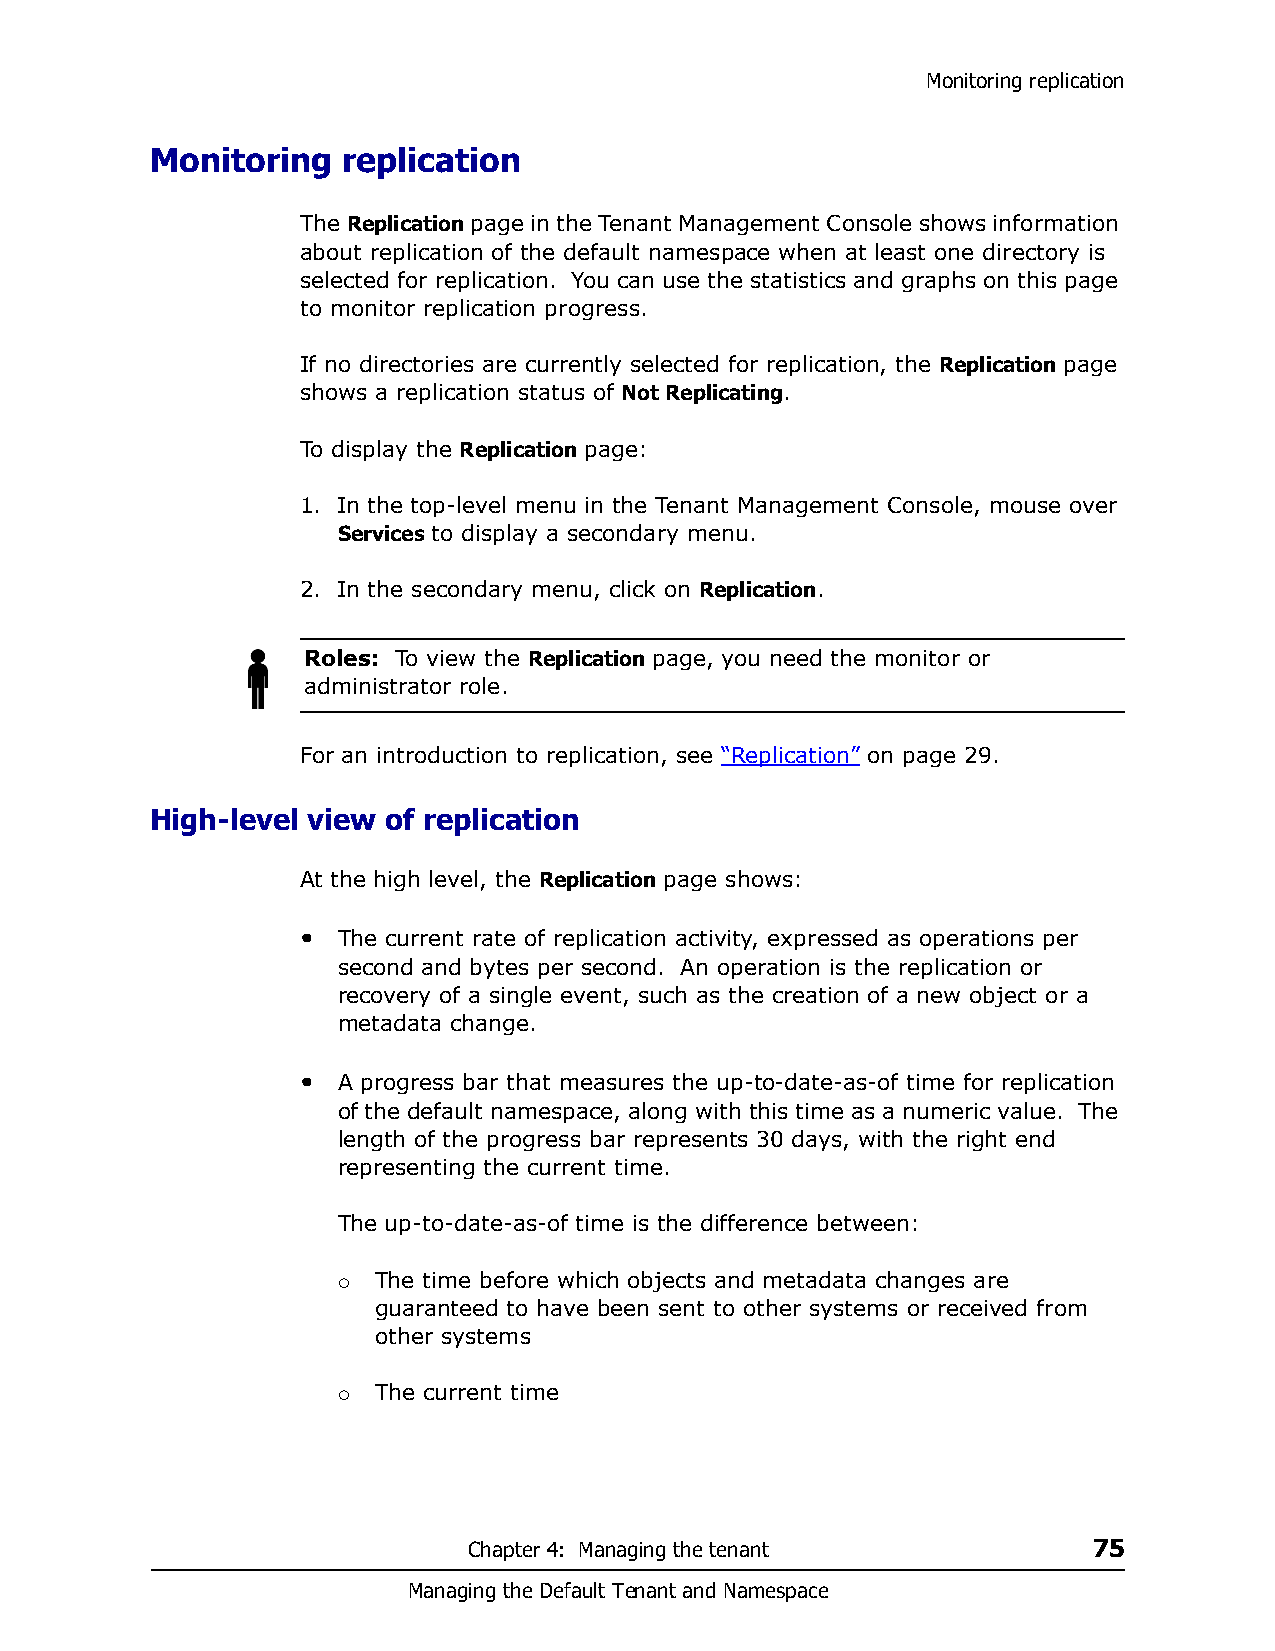
Monitoring replication
 Monitoring   replication
 The Replication page in the Tenant Management Console shows information
 about replication of the default namespace when at least one directory is
 selected for replication. You can use the statistics and graphs on this page
 to monitor replication progress.
 If no directories are currently selected for replication, the Replication page
 shows a replication status of Not Replicating.
 To display the Replication page:
 1. In the top-level menu in the Tenant Management Console, mouse over
 Services to display a secondary menu.
 2. In the secondary menu, click on Replication.
 Roles: To view the Replication page, you need the monitor or
 administrator role.
 For an introduction to replication, see “Replication” on page 29.
 High-level view of replication
 At the high level, the Replication page shows:
 • The current rate of replication activity, expressed as operations per
 second and bytes per second. An operation is the replication or
 recovery of a single event, such as the creation of a new object or a
 metadata change.
 • A progress bar that measures the up-to-date-as-of time for replication
 of the default namespace, along with this time as a numeric value. The
 length of the progress bar represents 30 days, with the right end
 representing the current time.
 The up-to-date-as-of time is the difference between:
 The time before which objects and metadata changes are
 
 guaranteed to have been sent to other systems or received from
 other systems
 The current time
 
 Chapter 4: Managing the tenant           75
 Managing the Default Tenant and Namespace